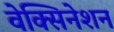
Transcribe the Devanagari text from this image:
वेक्सिनेशन